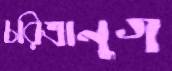
চরিত্রানুগ